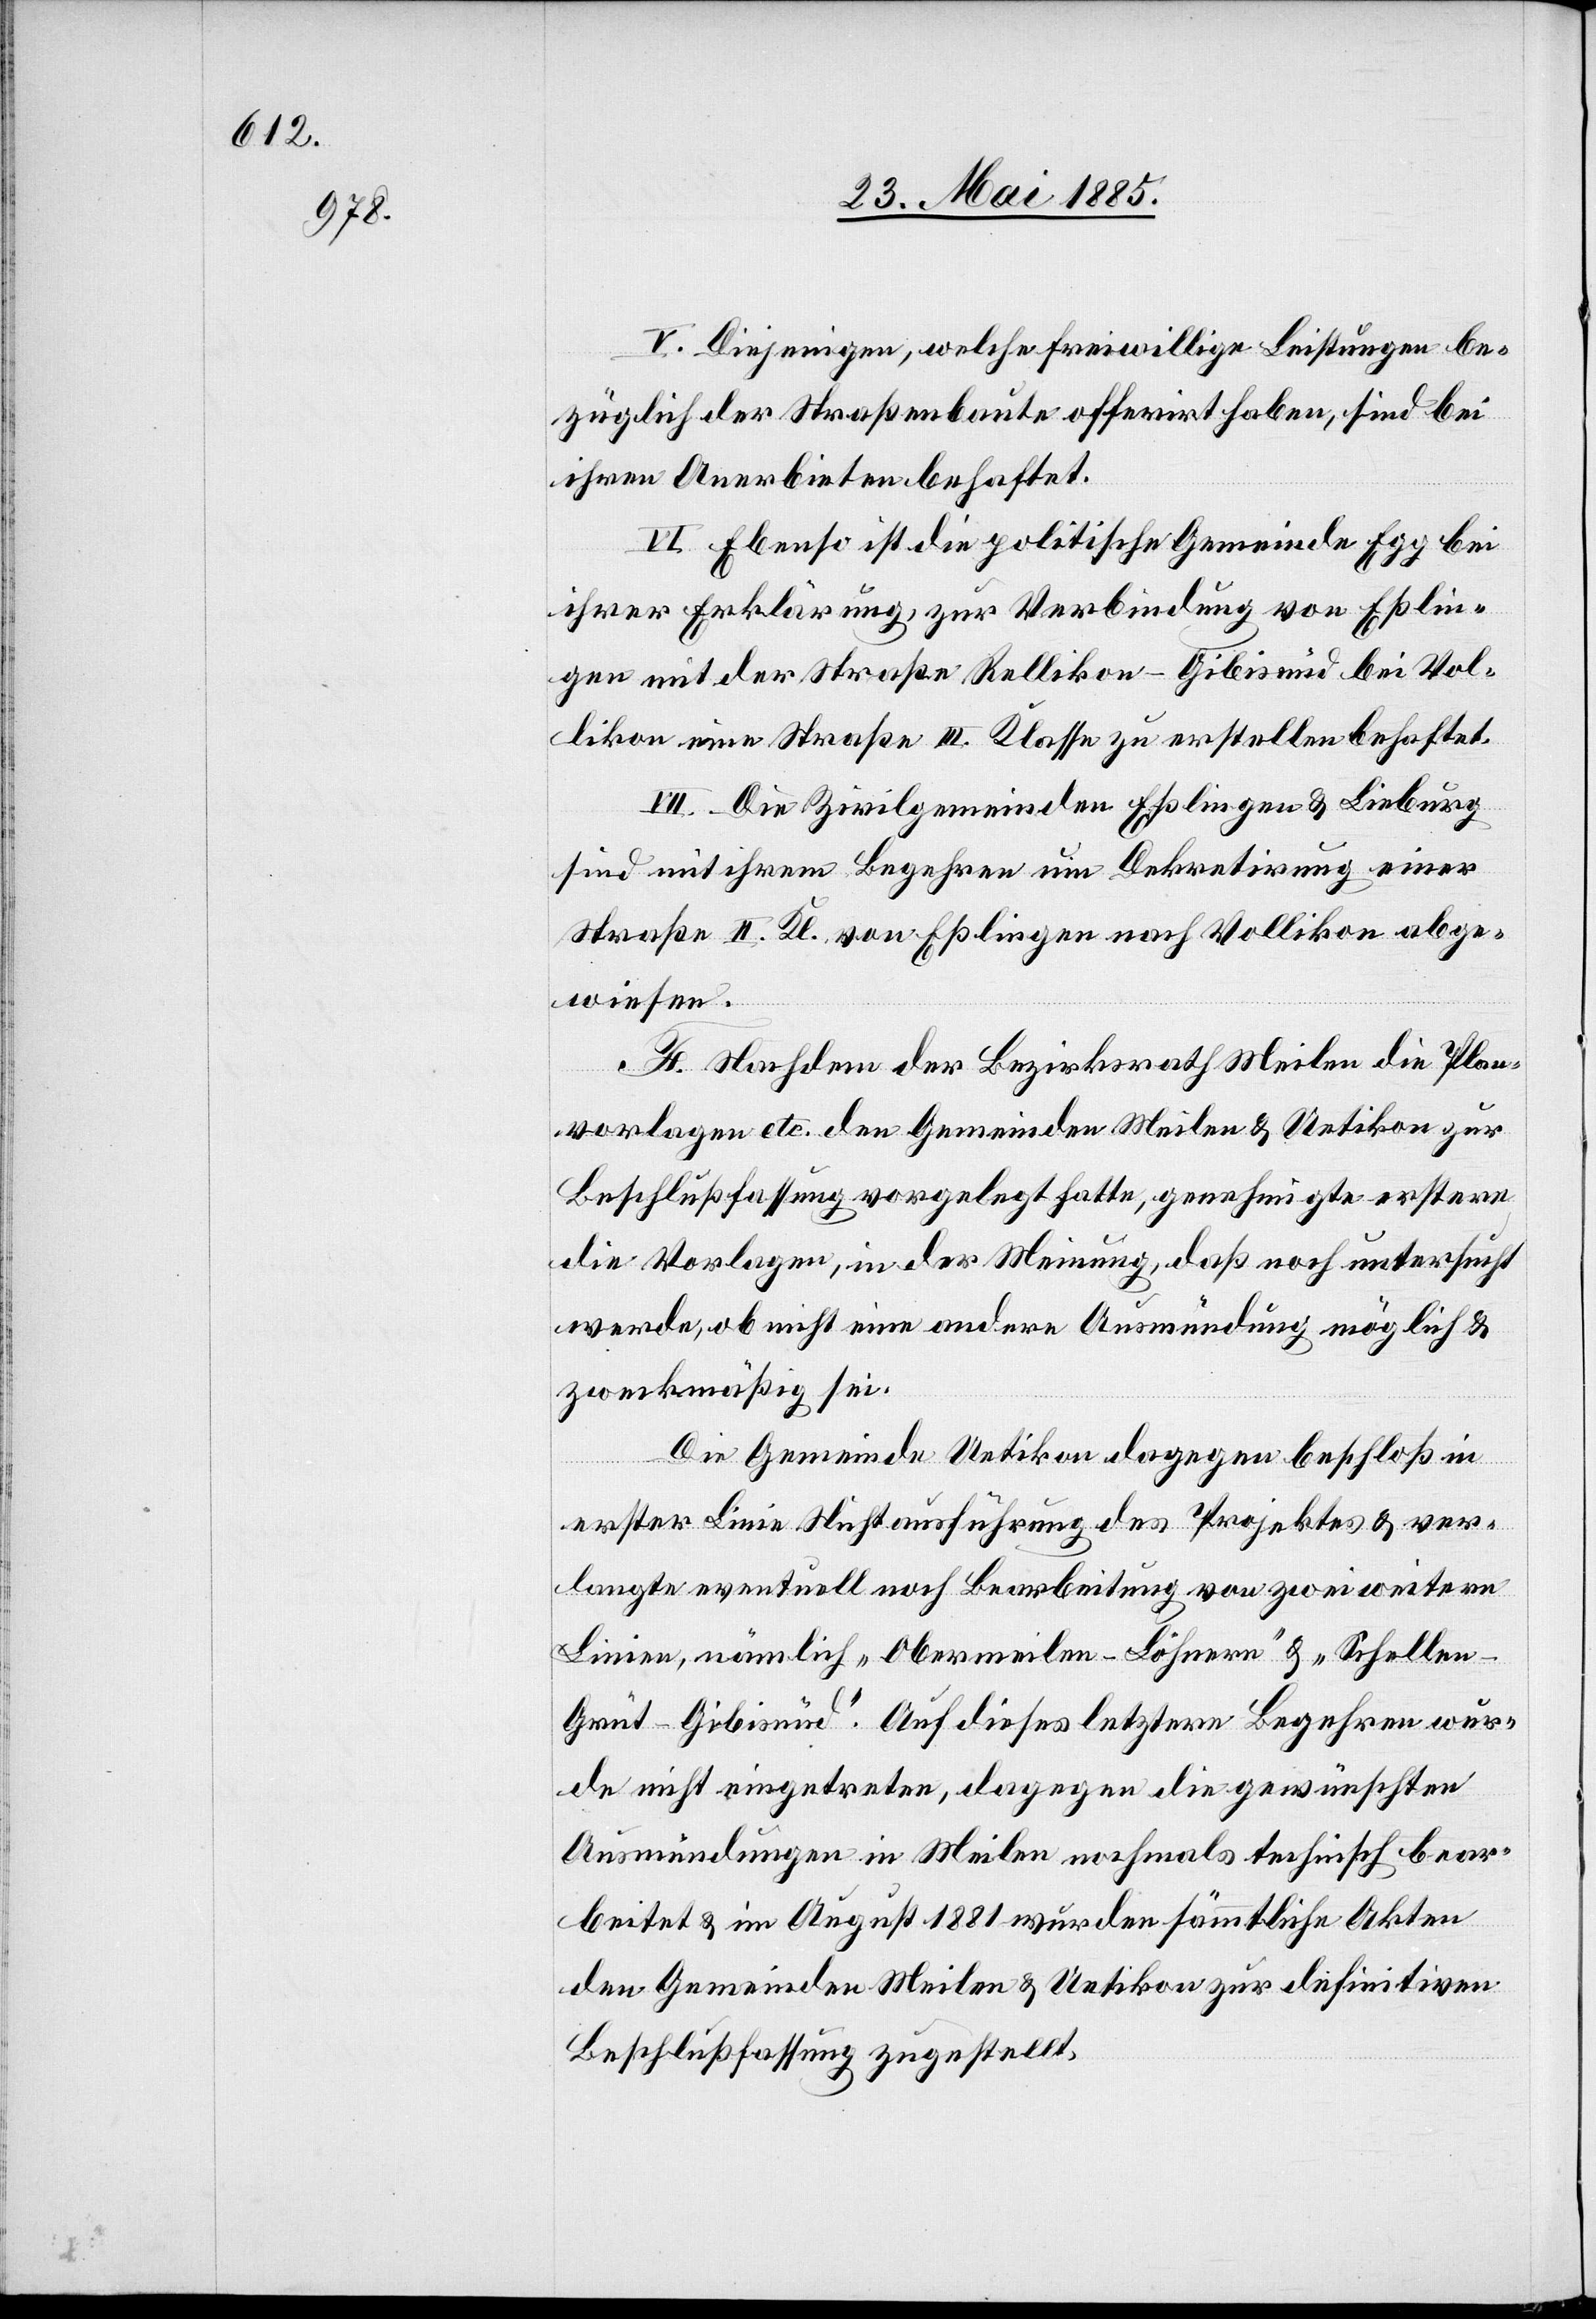
V. Diejenigen, welche freiwillige Leistungen be¬
züglich der Straßenbaute offerirt haben, sind bei
ihren Anerbieten behaftet.
VI. Ebenso ist die politische Gemeinde Egg bei
ihrer Erklärung, zur Verbindung von Eßlin¬
gen mit der Straße Rellikon–Gibisnüd bei Vol¬
likon eine Straße III. Klasse zu erstellen behaftet.
VII. Die Zivilgemeinden Eßlingen & Lieburg
sind mit ihrem Begehren um Dekretirung einer
Straße II. Kl. von Eßlingen nach Vollikon abge¬
wiesen.
F. Nachdem der Bezirksrath Meilen die Plan¬
vorlagen etc. den Gemeinden Meilen & Uetikon zur
Beschlußfassung vorgelegt hatte, genehmigte [er] erstern
die Vorlagen, in der Meinung, daß noch untersucht
werde, ob nicht eine andere Ausmündung möglich &
zweckmäßig sei.
Die Gemeinde Uetikon dagegen beschloß in
erster Linie Nichtausführung des Projektes & ver¬
langte eventuell noch Bearbeitung von zwei weitern
Linien, nämlich „Obermeilen–Löhnern“ & „Schelle¬
n–Grüt–Gibisnüd“. Auf dieses letztere Begehren wur¬
de nicht eingetreten, dagegen die gewünschten
Ausmündungen in Meilen nochmals technisch bear¬
beitet & im August 1881 wurden sämmtliche Akten
den Gemeinden Meilen & Uetikon zur definitiven
Beschlußfassung zugestellt.